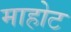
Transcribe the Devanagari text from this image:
माहोट